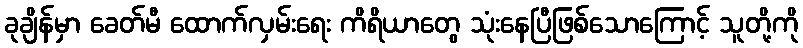
ခုချိန်မှာ ခေတ်မီ ထောက်လှမ်းရေး ကိရိယာတွေ သုံးနေပြီဖြစ်သောကြောင့် သူတို့ကို